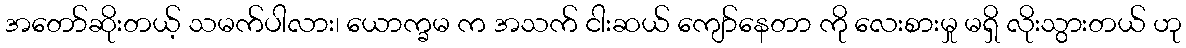
အတော်ဆိုးတယ့် သမက်ပါလား၊ ယောက္ခမ က အသက် ငါးဆယ် ကျော်နေတာ ကို လေးစားမှု မရှိ လိုးသွားတယ် ဟု